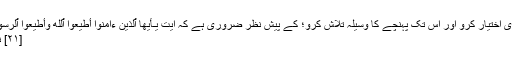
ایمان والو اللہ کا تقویٰ اختیار کرو اور اس تک پہنچے کا وسیلہ تلاش کرو؛ کے پیش نظر ضروری ہے کہ آیت يَـٰٓأَيُّهَا ٱلَّذِينَ ءَامَنُوٓاْ أَطِيعُواْ ٱللَّهَ وَأَطِيعُواْ ٱلرَّسُولَ وَأُوْلِي ٱلۡأَمۡرِ مِنكُمۡۖ
[۲۱] نساء/سوره۴، آیه۵۹۔